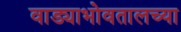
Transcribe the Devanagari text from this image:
वाड्याभोवतालच्या